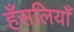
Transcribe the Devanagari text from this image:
हँसलियाँ